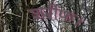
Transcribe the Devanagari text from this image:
शरीफ।